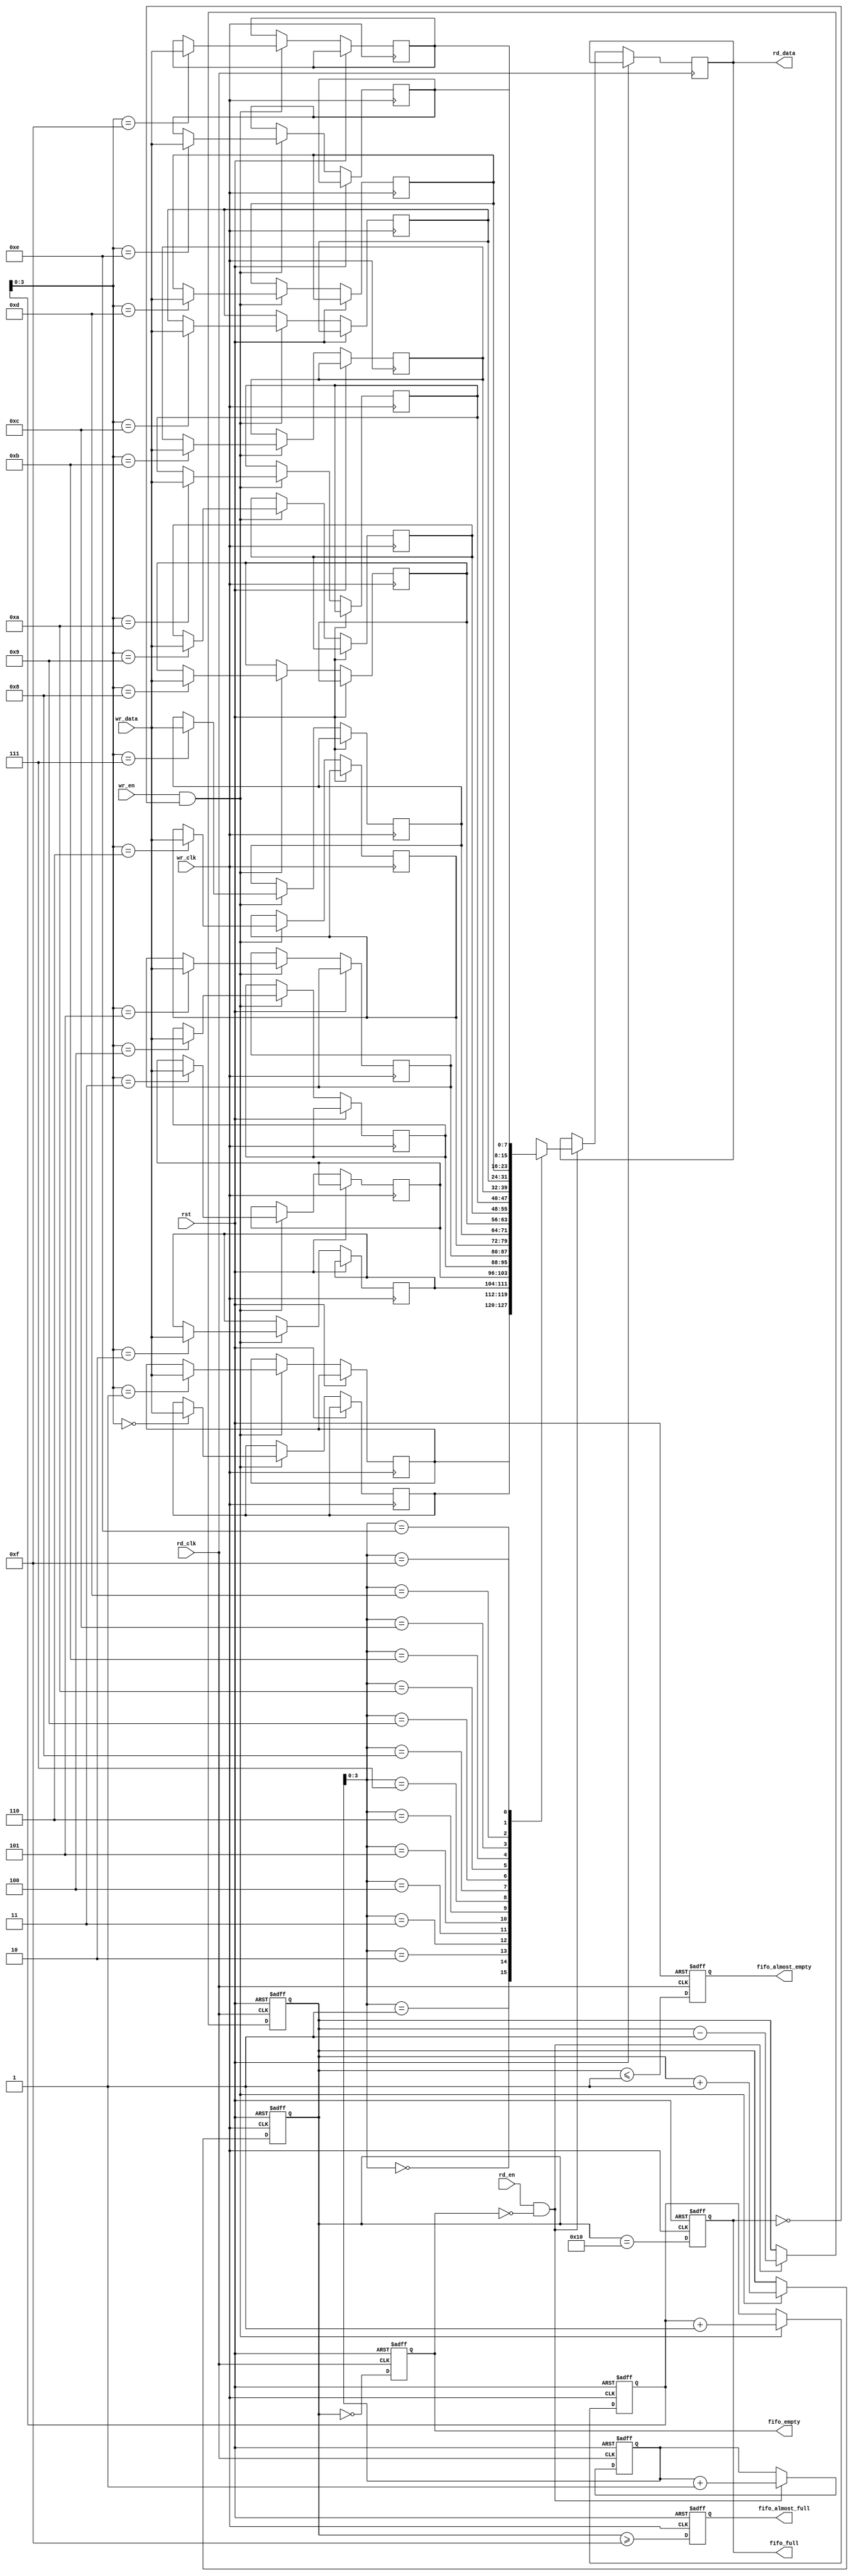
module fifo_sync #(
    parameter DATA_WIDTH = 8,
    parameter FIFO_DEPTH = 16
)(
    input wire wr_clk,               // Write clock
    input wire rd_clk,               // Read clock
    input wire rst,                  // Reset signal
    input wire wr_en,                // Write enable
    input wire rd_en,                // Read enable
    input wire [DATA_WIDTH-1:0] wr_data, // Data to write
    output reg [DATA_WIDTH-1:0] rd_data, // Data to read
    output reg fifo_full,            // FIFO full status
    output reg fifo_empty,           // FIFO empty status
    output reg fifo_almost_full,     // FIFO almost full status
    output reg fifo_almost_empty      // FIFO almost empty status
);

    // FIFO memory
    reg [DATA_WIDTH-1:0] fifo_mem [0:FIFO_DEPTH-1];
    reg [4:0] wr_ptr;               // Write pointer
    reg [4:0] rd_ptr;               // Read pointer
    reg [4:0] fifo_count;           // Number of items in FIFO

    // Write control logic
    always @(posedge wr_clk or posedge rst) begin
        if (rst) begin
            wr_ptr <= 0;
            fifo_count <= 0;
            fifo_full <= 0;
            fifo_almost_full <= 0;
        end else begin
            if (wr_en && !fifo_full) begin
                fifo_mem[wr_ptr] <= wr_data;
                wr_ptr <= wr_ptr + 1;
                fifo_count <= fifo_count + 1;
            end
            // Update full and almost full status
            fifo_full <= (fifo_count == FIFO_DEPTH);
            fifo_almost_full <= (fifo_count >= FIFO_DEPTH - 1);
        end
    end

    // Read control logic
    always @(posedge rd_clk or posedge rst) begin
        if (rst) begin
            rd_ptr <= 0;
            fifo_count <= 0;
            fifo_empty <= 1;
            fifo_almost_empty <= 1;
        end else begin
            if (rd_en && !fifo_empty) begin
                rd_data <= fifo_mem[rd_ptr];
                rd_ptr <= rd_ptr + 1;
                fifo_count <= fifo_count - 1;
            end
            // Update empty and almost empty status
            fifo_empty <= (fifo_count == 0);
            fifo_almost_empty <= (fifo_count <= 1);
        end
    end

endmodule